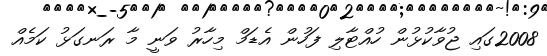
2008ގައި ޖުވާކުޅުން ހުއްޓާލި ފަހުން އެޑަމް މިހާރު ވަނީ މާ ރަނގަޅު ކަމެއް